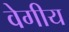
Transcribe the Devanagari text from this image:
वेगीय